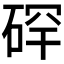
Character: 𪿡